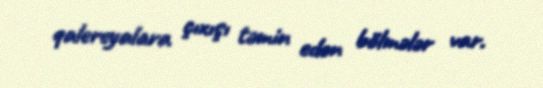
qalereyalara çıxışı təmin edən bölmələr var.